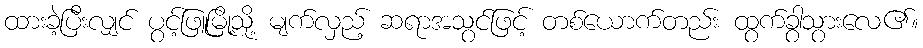
ထားခဲ့ပြီးလျှင် ပွင့်ဖြူမြို့သို့ မျက်လှည့် ဆရာအသွင်ဖြင့် တစ်ယောက်တည်း ထွက်ခွာသွားလေ၏။